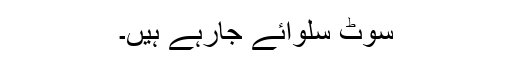
سوٹ سلوائے جارہے ہیں۔